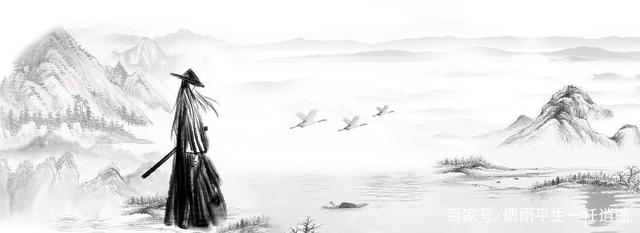
十年磨一剑，霜刃未曾试。